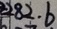
2 8 2 . 6